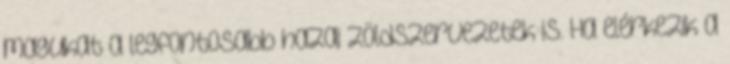
magukat a legfontosabb hazai zöldszervezetek is. Ha elérkezik a